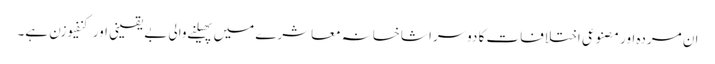
ان مردہ اور مصنوعی اختلافات کا دوسرا شاخسانہ معاشرے میں پھیلنے والی بے یقینی اور کنفیوزن ہے۔